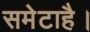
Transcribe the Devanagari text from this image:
समेटाहै।